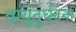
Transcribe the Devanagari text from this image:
वायुदुर्घटना